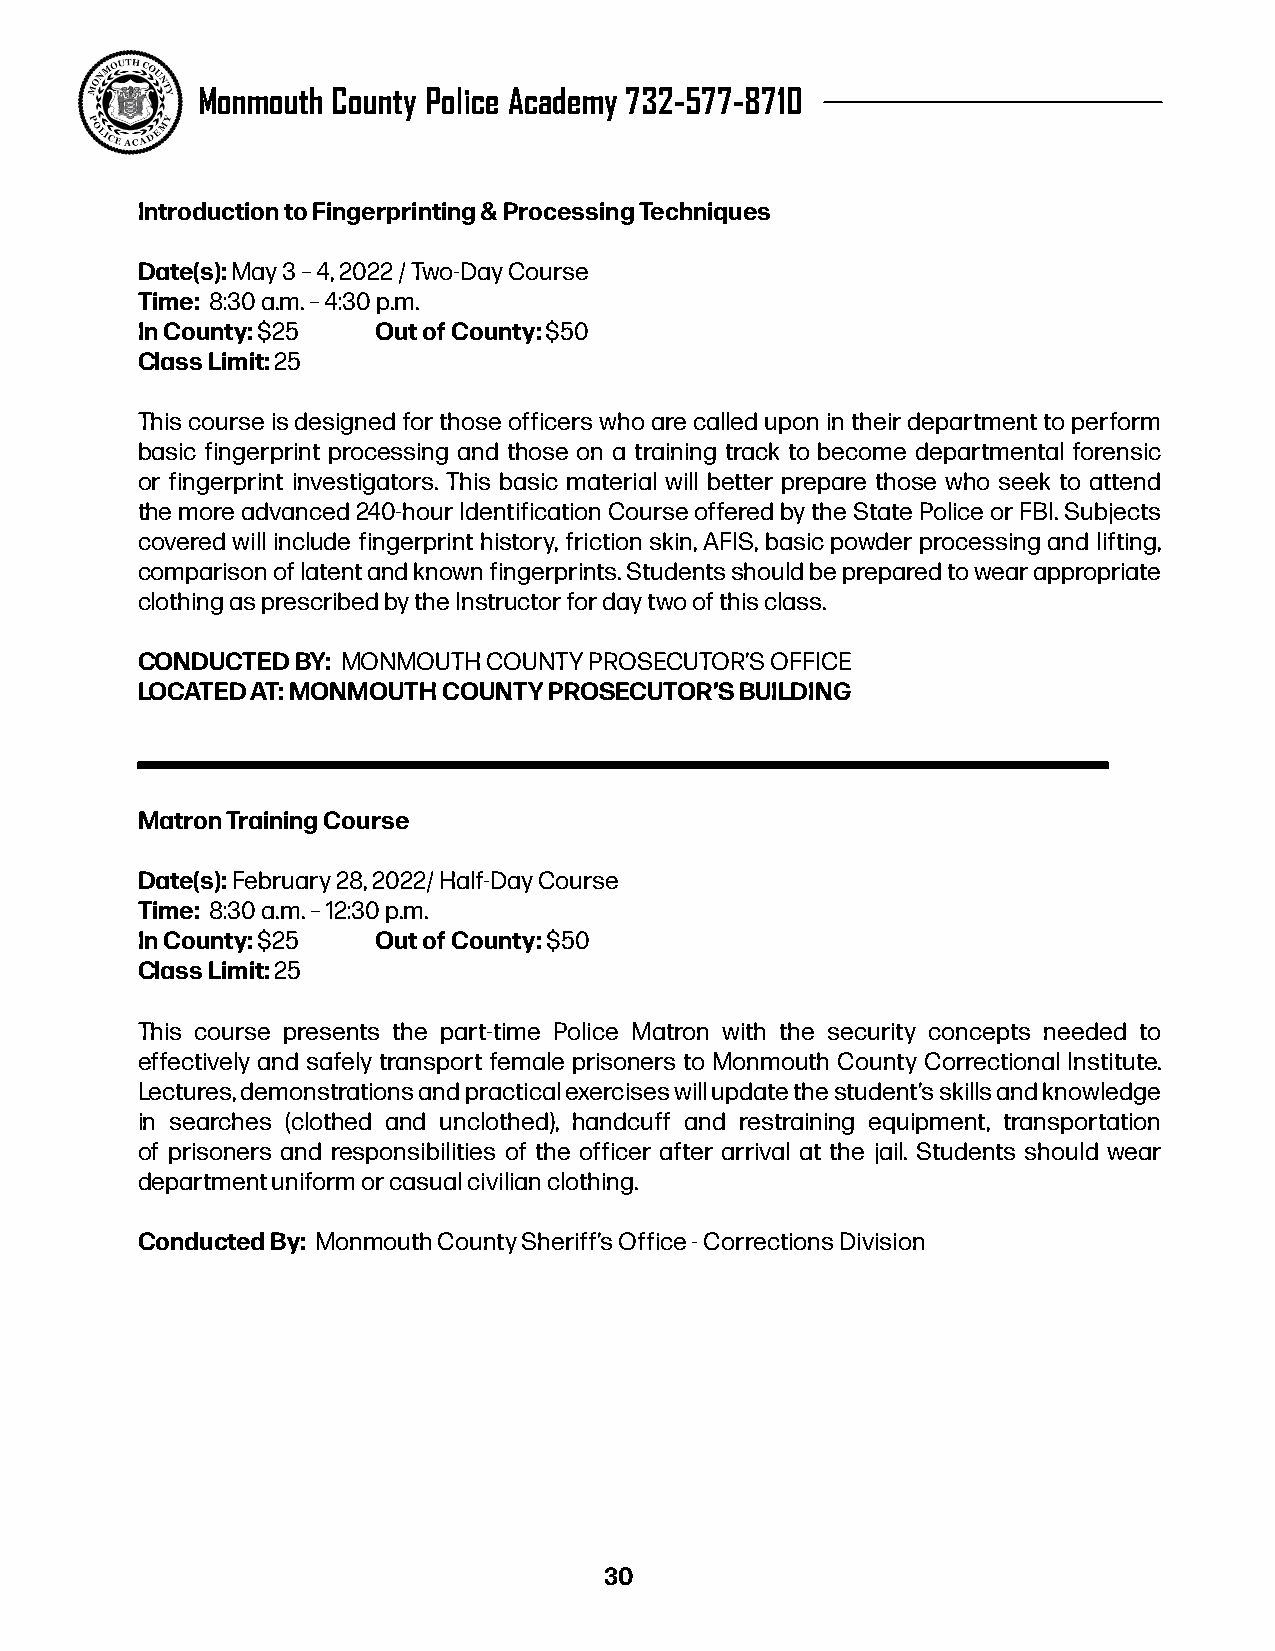
Monmouth County Police Academy 732-577-8710
 Introduction to Fingerprinting & Processing Techniques
 Date(s): May 3 – 4, 2022 / Two-Day Course
 Time: 8:30 a.m. – 4:30 p.m.
 In County: $25  Out of County: $50
 Class Limit: 25
 This course is designed for those officers who are called upon in their department to perform
 basic fingerprint processing and those on a training track to become departmental forensic
 or fingerprint investigators. This basic material will better prepare those who seek to attend
 the more advanced 240-hour Identification Course offered by the State Police or FBI. Subjects
 covered will include fingerprint history, friction skin, AFIS, basic powder processing and lifting,
 comparison of latent and known fingerprints. Students should be prepared to wear appropriate
 clothing as prescribed by the Instructor for day two of this class.
 CONDUCTED  BY: MONMOUTH COUNTY PROSECUTOR’S OFFICE
 LOCATED AT: MONMOUTH COUNTY PROSECUTOR’S BUILDING
 Matron Training Course
 Date(s): February 28, 2022/ Half-Day Course
 Time: 8:30 a.m. – 12:30 p.m.
 In County: $25  Out of County: $50
 Class Limit: 25
 This course presents the part-time Police Matron with the security concepts needed to
 effectively and safely transport female prisoners to Monmouth County Correctional Institute.
 Lectures, demonstrations and practical exercises will update the student’s skills and knowledge
 in searches (clothed and unclothed), handcuff and restraining equipment, transportation
 of prisoners and responsibilities of the officer after arrival at the jail. Students should wear
 department uniform or casual civilian clothing.
 Conducted By: Monmouth County Sheriff’s Office - Corrections Division
 30